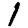
Digit: 1